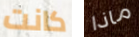
كانت ماذا